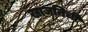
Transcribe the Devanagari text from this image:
खाजनिची